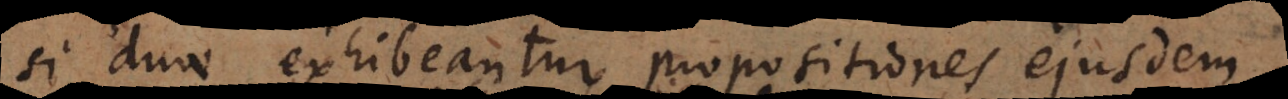
si duae exhibeantur propositiones ejusdem